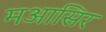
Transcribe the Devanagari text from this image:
मआसिर